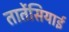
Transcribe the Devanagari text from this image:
तार्तेसियाई